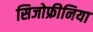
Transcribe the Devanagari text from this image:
सिजोफ्रीनिया